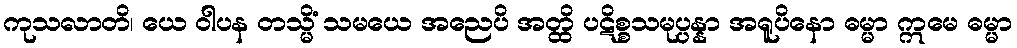
ကုသလာတိ၊ ယေ ဝါပန တသ္မိံ သမယေ အညေပိ အတ္ထိ ပဋိစ္စသမုပ္ပန္နာ အရူပိနော ဓမ္မာ ဣမေ ဓမ္မာ